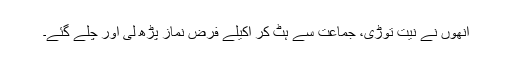
انھوں نے نیت توڑی، جماعت سے ہٹ کر اکیلے فرض نماز پڑھ لی اور چلے گئے۔